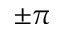
\pm \pi